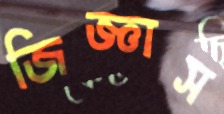
জিজ্ঞাস